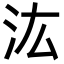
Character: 汯